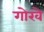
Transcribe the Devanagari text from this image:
गोरवे